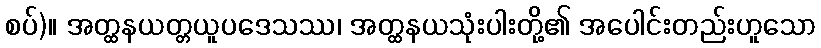
စပ်)။ အတ္ထနယတ္တယူပဒေသဿ၊ အတ္ထနယသုံးပါးတို့၏ အပေါင်းတည်းဟူသော